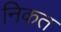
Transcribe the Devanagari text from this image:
निकत